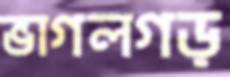
ভাগলগড়